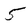
Character: 5